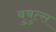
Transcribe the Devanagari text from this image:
बुबुत्स